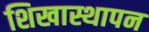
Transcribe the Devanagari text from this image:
शिखास्थापन